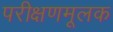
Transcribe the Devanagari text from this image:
परीक्षणमूलक